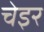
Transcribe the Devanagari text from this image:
चेइर